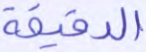
الدقيقة